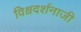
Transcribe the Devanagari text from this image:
विश्वदर्शनाजी